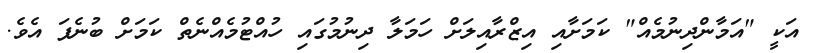
އަކީ "އަމާންދިނުމެއް" ކަމަށާއި އިޒްރާއިލަށް ހަމަލާ ދިނުމުގައި ހުއްޓުމެއްނެތް ކަމަށް ބުނެފަ އެވެ.